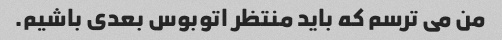
من می ترسم که باید منتظر اتوبوس بعدی باشیم.